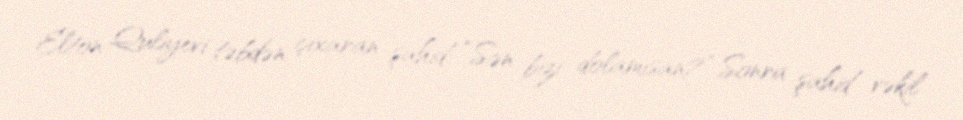
Elton Quliyevi təbdən çıxaran şahid: “Sən bizi dolamısan?” Sonra şahid vəkil